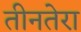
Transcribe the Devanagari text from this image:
तीनतेरा